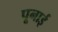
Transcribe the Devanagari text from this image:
पूनाई